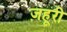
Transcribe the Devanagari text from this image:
ज़हूरी